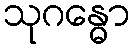
သုဂန္ဓော